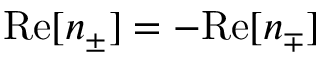
\mathrm { R e } [ n _ { \pm } ] = - \mathrm { R e } [ n _ { \mp } ]